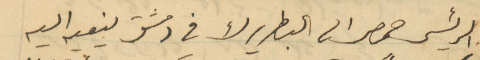
الرئيس حمصي الى البطريرك في دمشق ينعيه اليه